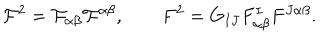
{ \cal F } ^ { 2 } = { \cal F } _ { \alpha \beta } { \cal F } ^ { \alpha \beta } , \qquad F ^ { 2 } = G _ { I J } F _ { \alpha \beta } ^ { I } F ^ { J \alpha \beta } .